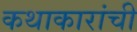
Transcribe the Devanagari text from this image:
कथाकारांची